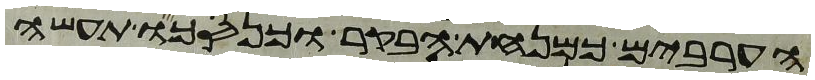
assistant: הערבים כמנחת הבקר וכנסכו תעשה